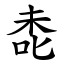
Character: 㖝